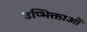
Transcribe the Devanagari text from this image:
उप्भिक्ताओं